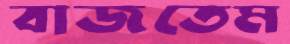
বাজতেম